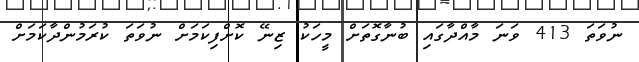
ނުވަތަ 413 ވަނަ މާއްދާގައި ބުނާގޮތަށް މީހަކު ޒިނޭ ކޮށްފިކަމަށް ނުވަތަ ކުރަމުންދާކަމަށް